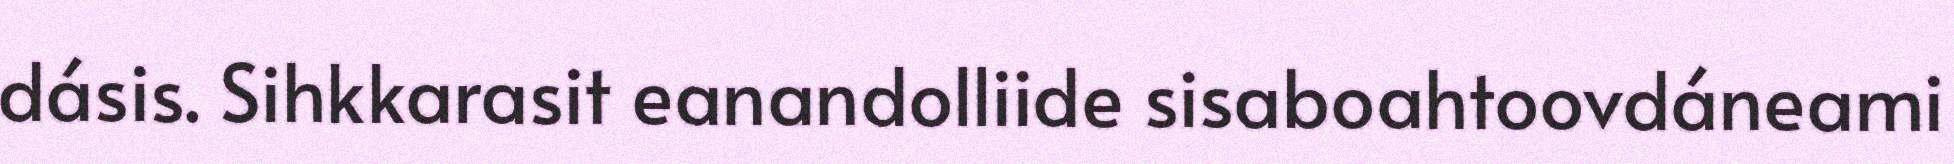
dásis. Sihkkarasit eanandolliide sisaboahtoovdáneami